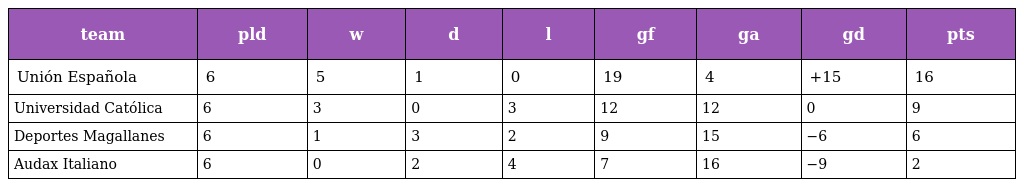
| team | pld | w | d | l | gf | ga | gd | pts |
 | --- | --- | --- | --- | --- | --- | --- | --- | --- |
 | Unión Española | 6 | 5 | 1 | 0 | 19 | 4 | +15 | 16 |
 | Universidad Católica | 6 | 3 | 0 | 3 | 12 | 12 | 0 | 9 |
 | Deportes Magallanes | 6 | 1 | 3 | 2 | 9 | 15 | −6 | 6 |
 | Audax Italiano | 6 | 0 | 2 | 4 | 7 | 16 | −9 | 2 |